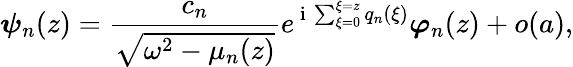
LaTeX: \boldsymbol{\psi}_{n}(z)=\frac{c_{n}}{\sqrt{\omega^{2}-\mu_{n}(z)}}e^{\mathrm{~i~}\sum_{\xi=0}^{\xi=z}q_{n}(\xi)}\boldsymbol{\varphi}_{n}(z)+o(a),